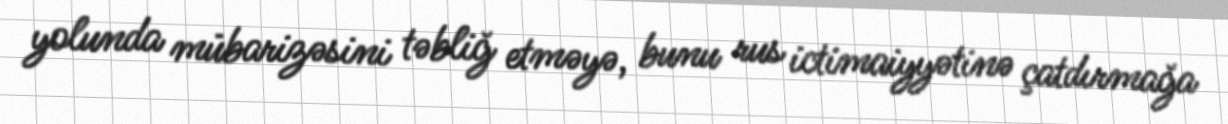
yolunda mübarizəsini təbliğ etməyə, bunu rus ictimaiyyətinə çatdırmağa